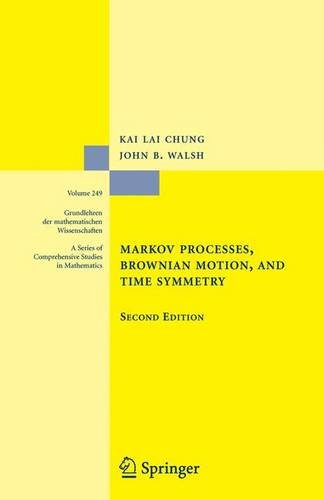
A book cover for Markov Processes, Brownian Motion, and Time Symmetry (Grundlehren der mathematischen Wissenschaften); Kai Lai Chung; Science & Math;